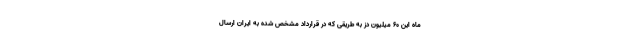
ماه این ۶۰ میلیون دُز به طریقی که در قرارداد مشخص شده به ایران ارسال